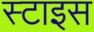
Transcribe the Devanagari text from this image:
स्टाइस